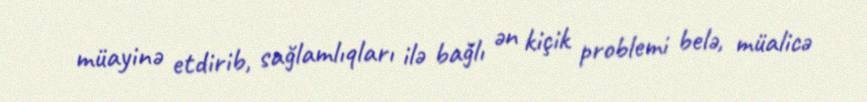
müayinə etdirib, sağlamlıqları ilə bağlı ən kiçik problemi belə, müalicə